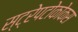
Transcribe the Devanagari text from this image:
स्ट्रेपटोकोकस